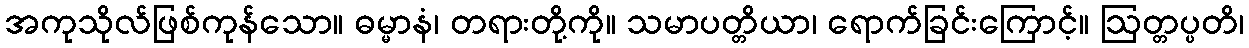
အကုသိုလ်ဖြစ်ကုန်သော။ ဓမ္မာနံ၊ တရားတို့ကို။ သမာပတ္တိယာ၊ ရောက်ခြင်းကြောင့်။ ဩတ္တပ္ပတိ၊